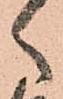
ゝ